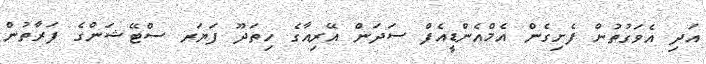
އަދި އެވަގުތުން ފެށިގެން އެމްއެންޑީއެފް ސަދަން އޭރިއާގެ ހިތަދޫ ފަޔަރ ސްޓޭޝަންގެ ފަރާތުން